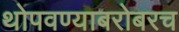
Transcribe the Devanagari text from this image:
थोपवण्याबरोबरच